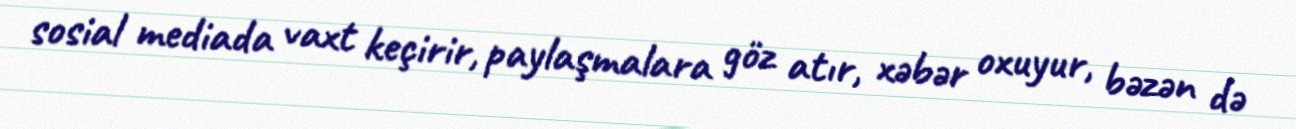
sosial mediada vaxt keçirir, paylaşmalara göz atır, xəbər oxuyur, bəzən də